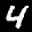
Label: 4